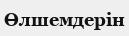
Өлшемдерін